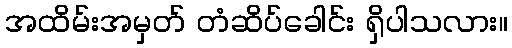
အထိမ်းအမှတ် တံဆိပ်ခေါင်း ရှိပါသလား။